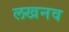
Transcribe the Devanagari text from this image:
लखनव